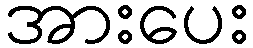
အားပေး